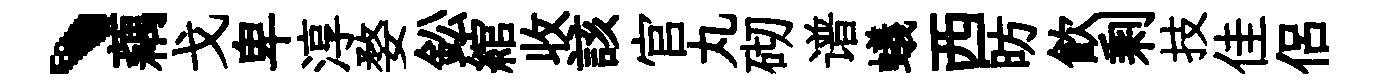
、藕戈卑淳婺鈆綰收該官丸砌谱蟻西昉飮剩技佳侶